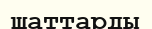
шаттарды